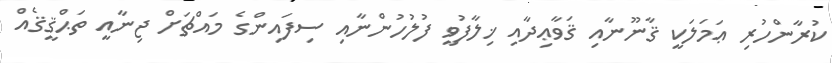
ކުރާންހުރި ޢަމަލަކީ ޤާނޫނާއި ޤަވާޢިދާއި ޚިލާފުވީ ފުލުހުންނާއި ސިފައިންގެ މައްޗަށް ޖިނާއީ ތަޙްޤީޤެއް